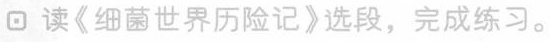
回读《细菌世界历险记》选段，完成练习。